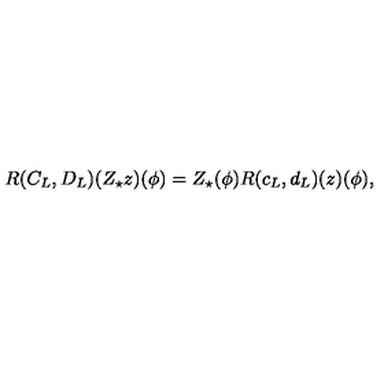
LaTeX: R ( C _ { L } , D _ { L } ) ( Z _ { \star } z ) ( \phi ) = Z _ { \star } ( \phi ) R ( c _ { L } , d _ { L } ) ( z ) ( \phi ) ,